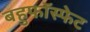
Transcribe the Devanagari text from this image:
बहुफॉस्फेट